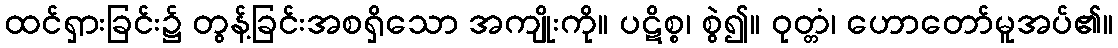
ထင်ရှားခြင်း၌ တွန့်ခြင်းအစရှိသော အကျိုးကို။ ပဋိစ္စ၊ စွဲ၍။ ဝုတ္တံ၊ ဟောတော်မူအပ်၏။